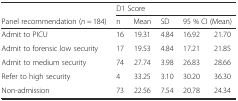
<table><thead><tr><td></td><td colspan="5"><b>D1 Score</b></td></tr><tr><td><b>Panel recommendation (<i>n =</i> 184)</b></td><td><b>n</b></td><td><b>Mean</b></td><td><b>SD</b></td><td colspan="2"><b>95 % CI (Mean)</b></td></tr></thead><tbody><tr><td>Admit to PICU</td><td>16</td><td>19.31</td><td>4.84</td><td>16.92</td><td>21.70</td></tr><tr><td>Admit to forensic low security</td><td>17</td><td>19.53</td><td>4.84</td><td>17.21</td><td>21.85</td></tr><tr><td>Admit to medium security</td><td>74</td><td>27.74</td><td>3.98</td><td>26.83</td><td>28.66</td></tr><tr><td>Refer to high security</td><td>4</td><td>33.25</td><td>3.10</td><td>30.20</td><td>36.30</td></tr><tr><td>Non-admission</td><td>73</td><td>22.56</td><td>7.54</td><td>20.78</td><td>24.34</td></tr></tbody></table>